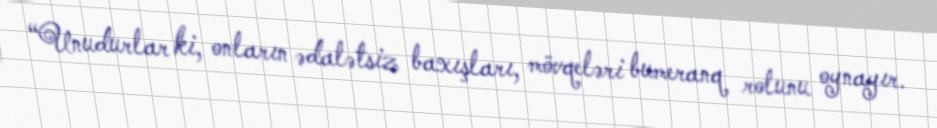
“Unudurlar ki, onların ədalətsiz baxışları, mövqeləri bumeranq rolunu oynayır.